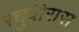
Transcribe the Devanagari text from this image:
रघुवीरास